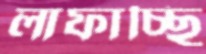
লাফাচ্ছি